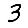
Digit: 3